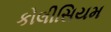
કોલીસિયમ